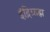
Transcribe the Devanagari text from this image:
इंद्रिग्राह्म